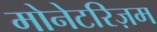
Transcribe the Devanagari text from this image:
मोनेटरिज़म